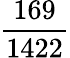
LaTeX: \frac{169}{1422}